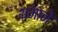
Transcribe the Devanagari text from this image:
थमाने